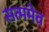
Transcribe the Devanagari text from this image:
सत्ममेव